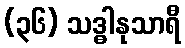
(၃၆) သဒ္ဓါနုသာရီ